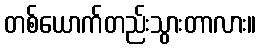
တစ်ယောက်တည်းသွားတာလား။